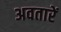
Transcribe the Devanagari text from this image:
अवतारें